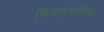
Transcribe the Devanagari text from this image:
निजानुभवसिद्ध